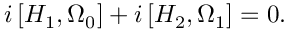
i \left[ H _ { 1 } , \Omega _ { 0 } \right] + i \left[ H _ { 2 } , \Omega _ { 1 } \right] = 0 .